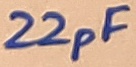
Text: 22pF